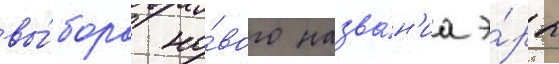
вы́бора но́вого назва́н'иа э́ры